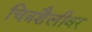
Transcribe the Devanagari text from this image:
चित्रशैलीवर